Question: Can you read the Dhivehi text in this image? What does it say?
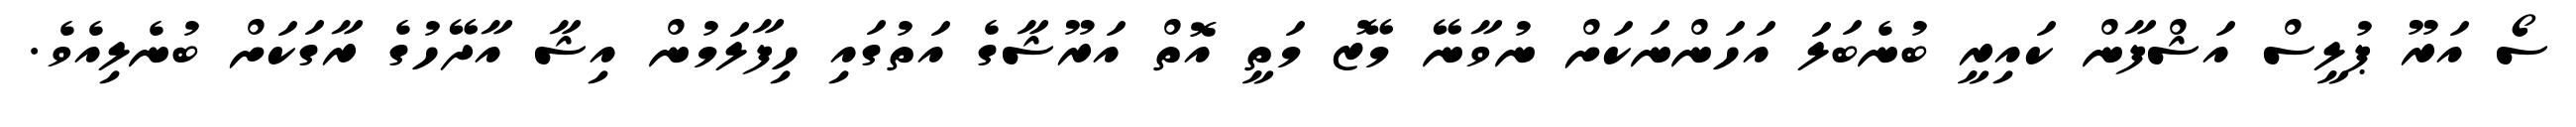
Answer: ސޯ އަރޫ ޕުލީސް އަޝްފާން ކައިރީ ބުނެބަލަ އަހަންނަކަށް ނުވާނޭ މޭޒު މަތީ އޮތް އަރޫޝާގެ އަތުގައި ހިފާލަމުން އިޝާ އާދޭހުގެ ރާގަކަށް ބުނެލިއެވެ.